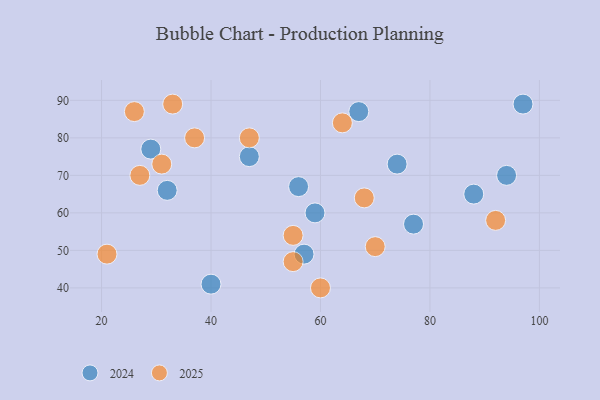
{"axis": {"x": "GDP", "y": "Life Expectancy"}, "legend": ["2024", "2025"], "data": [{"x": "27", "y": 70, "type": "2025"}, {"x": "70", "y": 51, "type": "2025"}, {"x": "55", "y": 54, "type": "2025"}, {"x": "31", "y": 73, "type": "2025"}, {"x": "37", "y": 80, "type": "2025"}, {"x": "68", "y": 64, "type": "2025"}, {"x": "60", "y": 40, "type": "2025"}, {"x": "26", "y": 87, "type": "2025"}, {"x": "47", "y": 80, "type": "2025"}, {"x": "33", "y": 89, "type": "2025"}, {"x": "55", "y": 47, "type": "2025"}, {"x": "21", "y": 49, "type": "2025"}, {"x": "92", "y": 58, "type": "2025"}, {"x": "64", "y": 84, "type": "2025"}, {"x": "32", "y": 66, "type": "2024"}, {"x": "56", "y": 67, "type": "2024"}, {"x": "29", "y": 77, "type": "2024"}, {"x": "57", "y": 49, "type": "2024"}, {"x": "88", "y": 65, "type": "2024"}, {"x": "59", "y": 60, "type": "2024"}, {"x": "97", "y": 89, "type": "2024"}, {"x": "94", "y": 70, "type": "2024"}, {"x": "47", "y": 75, "type": "2024"}, {"x": "40", "y": 41, "type": "2024"}, {"x": "67", "y": 87, "type": "2024"}, {"x": "74", "y": 73, "type": "2024"}, {"x": "77", "y": 57, "type": "2024"}]}